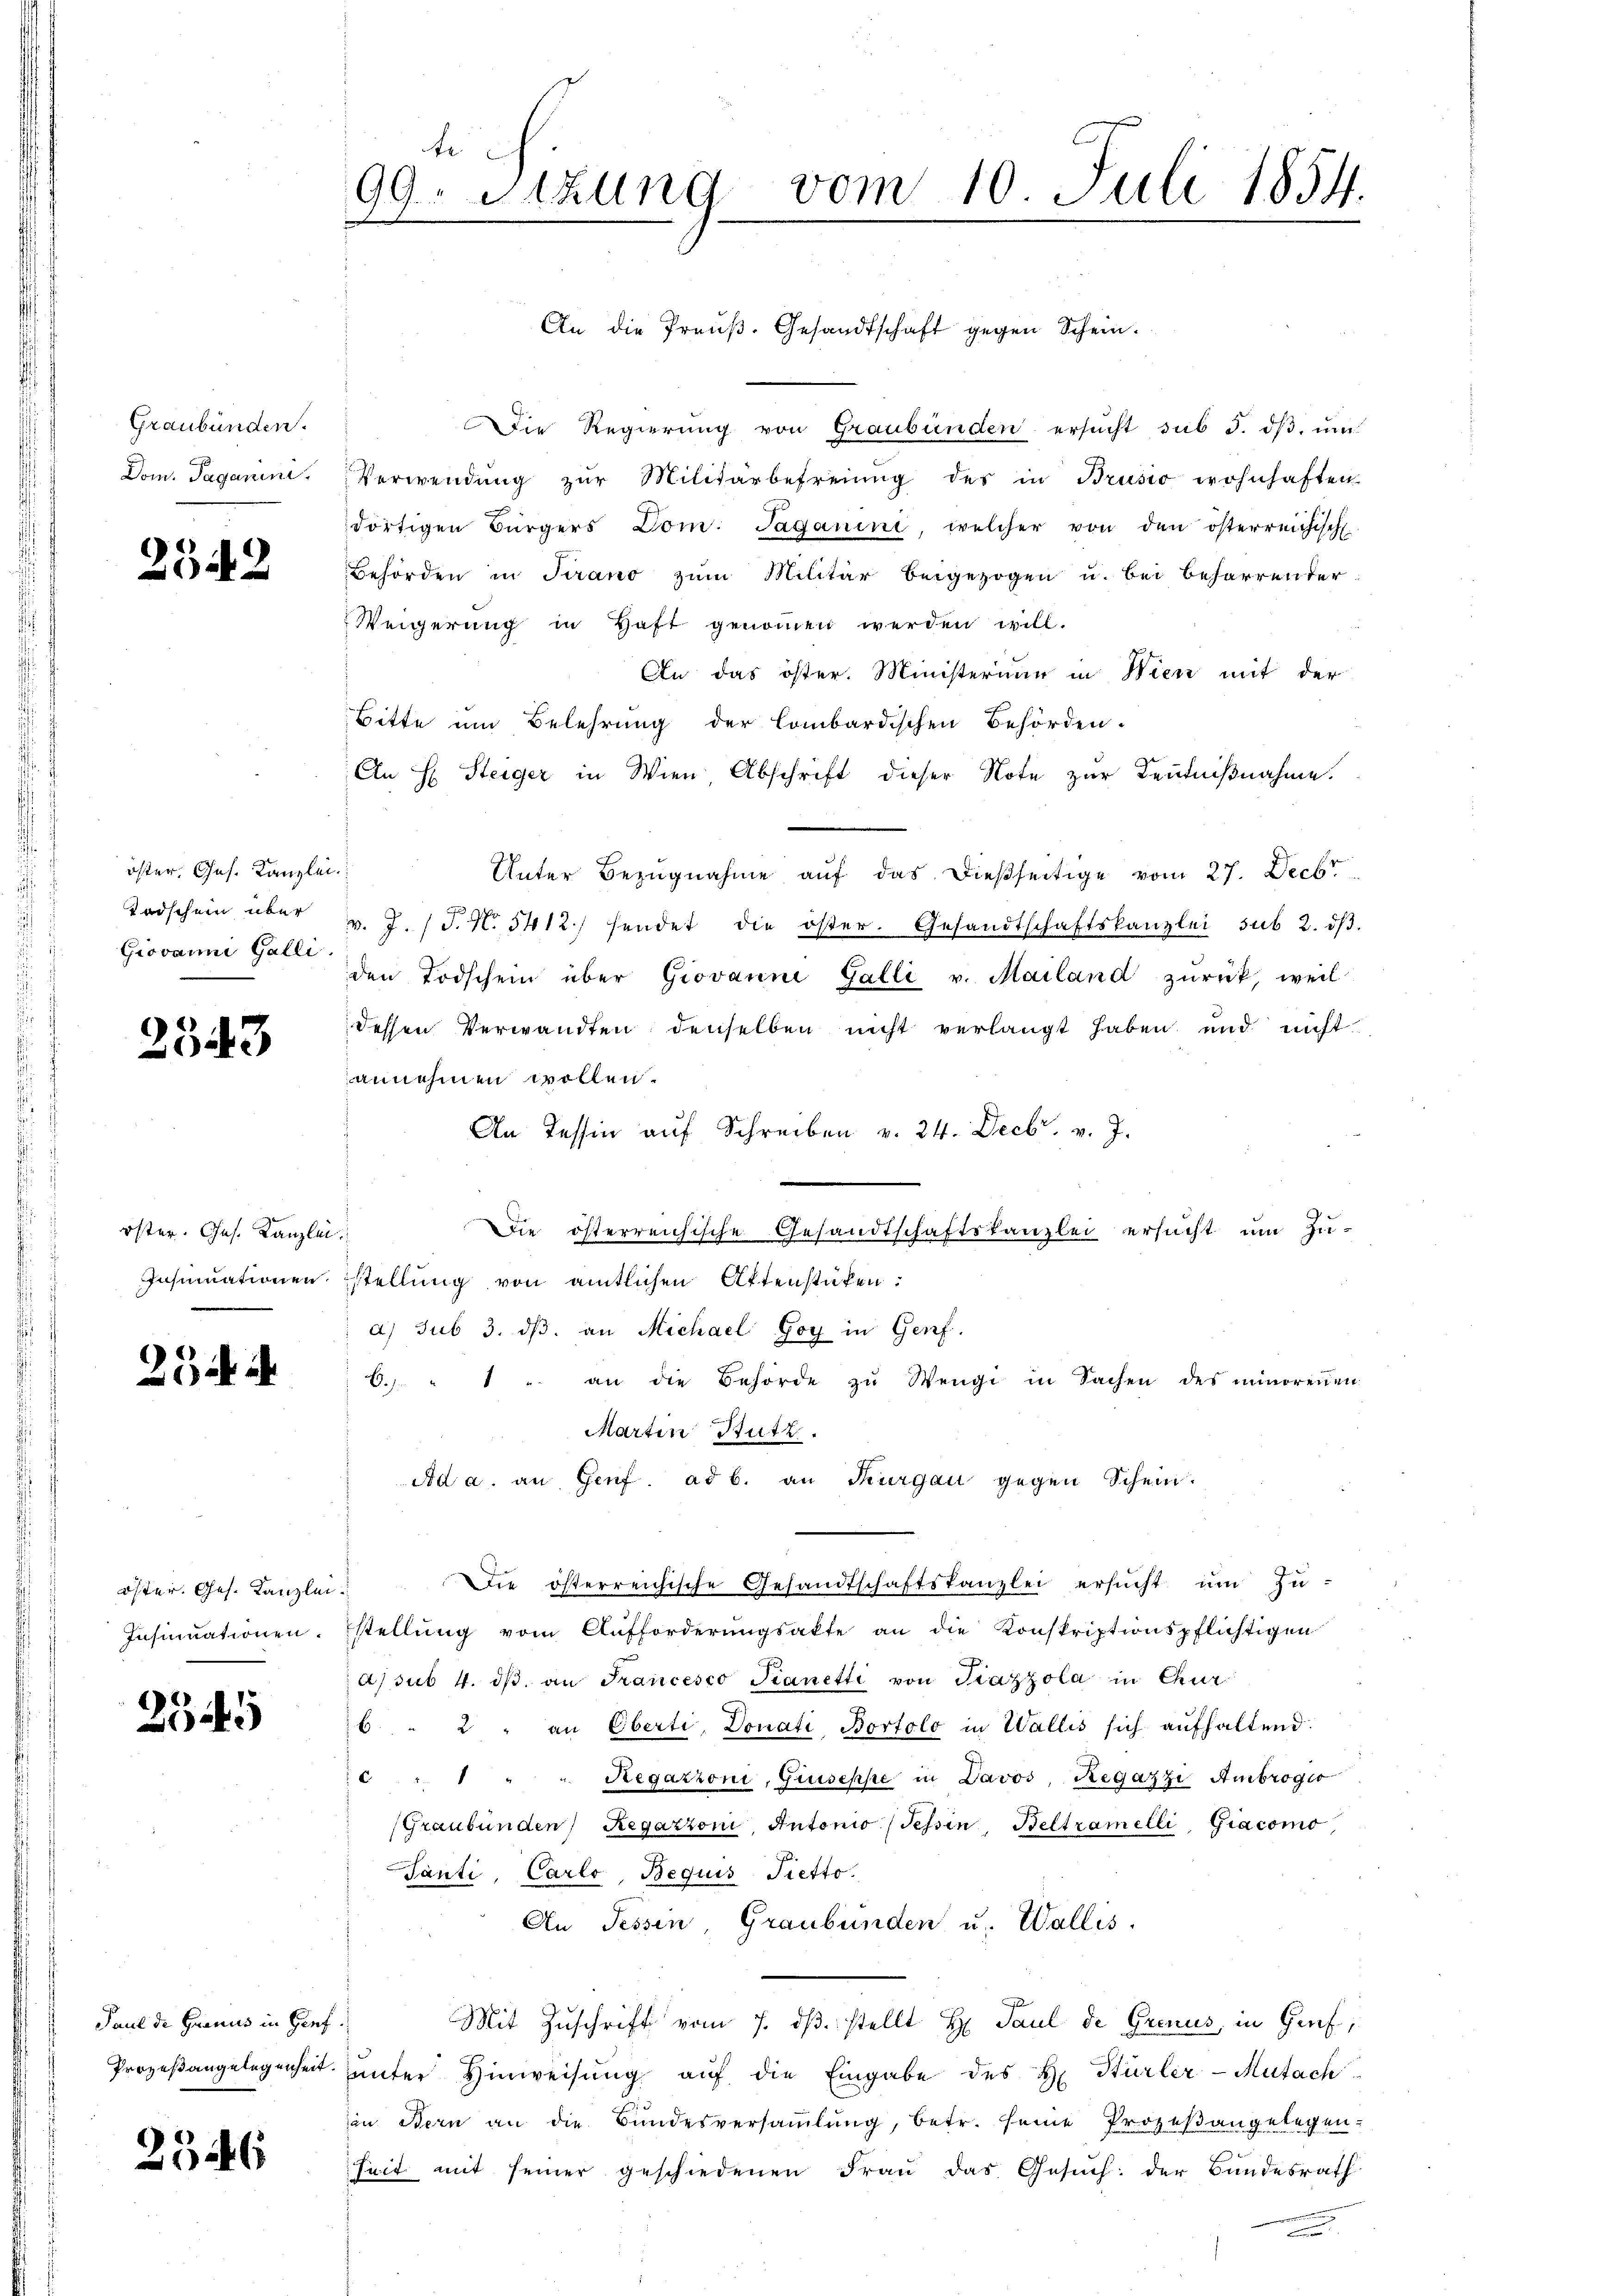
Graubünden.
Dom. Paganine.

2542

öster. Ges. Kanzlei
Tadschein über
Giovanni Galli

2543

öster. Ges. Kanzlei
Insinuationen.

23 i

öster. Ges. Kanzlei
Insinuationen.

2345

Paul de Granus in Genf.
Prozeßangelegenheit.

2546

te
99. Sitzung vom 10. Juli 1854.

An die Preuß. Gesandtschaft gegen Schein¬
Die Regierung von Graubünden ersucht sub 3. dβ, um
Verwendŭng zŭr Militärbefreiung des in Brusio wohnhaften
dortigen Bürgers Dom. Saganini, welcher von den österreichisch
Behörden in Trano zum Militär beigezogen u. bei beharrenter
Weigerung in Haft genommen werden will.
An das öster. Ministerium in Wien mit der
Bitte um Belehrung der Combardischen Behörden.
An H Steiger in Wien, Abschrift dieser Note zur Kenntnißnahme.
Unter Bezugnahme auf das dießseitige vom 27. Decbr.
v. J. J. No. 5412.) hendet die öster. Gesandtschaftskanzlei sub 2. dβ.
den Todschein über Giovanne Galli v. Mailand zŭrück, weil
dessen Verwandten denselben nicht verlangt haben und nicht
annehmen wollen.
An Tessin auf Schreiben v. 24. Decbr. v. J.
stellung von amtlichen Aktenstüken:
a) sub 3. dβ an Michael Goy in Genf.
6. " " " an die Behörde zŭ Wengi in Sachen des minorenen
Marten Butz.
Ad a. an Genf. ad b. an Thurgau gegen Schein.
Die österreichische Gesandtschaftskanzlei ersucht um Zu-
stellung vom Aufforderungsakte an die Konskriptionspflichtigen
As sub. 4. dβ an Francesco Fianetti von Piazzola in Chur
6. " 2 " an Oberti, Donati Bortolo in Wallis sich aufhaltend.
c " " " " Regazioni, Giuseppe in Davos, Regazzi Ambroger
(Graubünden Regazzoni, Antonio (Tessin, Beltramelli, Giacomo
Tanti, Carlo, Bequis Pietto.
An Tessin Graubünden u. Wallis.
Mit Zuschrift vom 7. ds. stellt H. Paul de Grenus, in Graf,
unter Hinweisung auf die Eingabe des H. Hürler-Mutach
in Bern an die Bundesversammlung, betr. seine Prozeßangelegen-
seit mit seiner geschiedenen Frau das Gesŭch der Bundesrath
.

Die österreichische Gesandtschaftskanzlei ersucht um Zu-